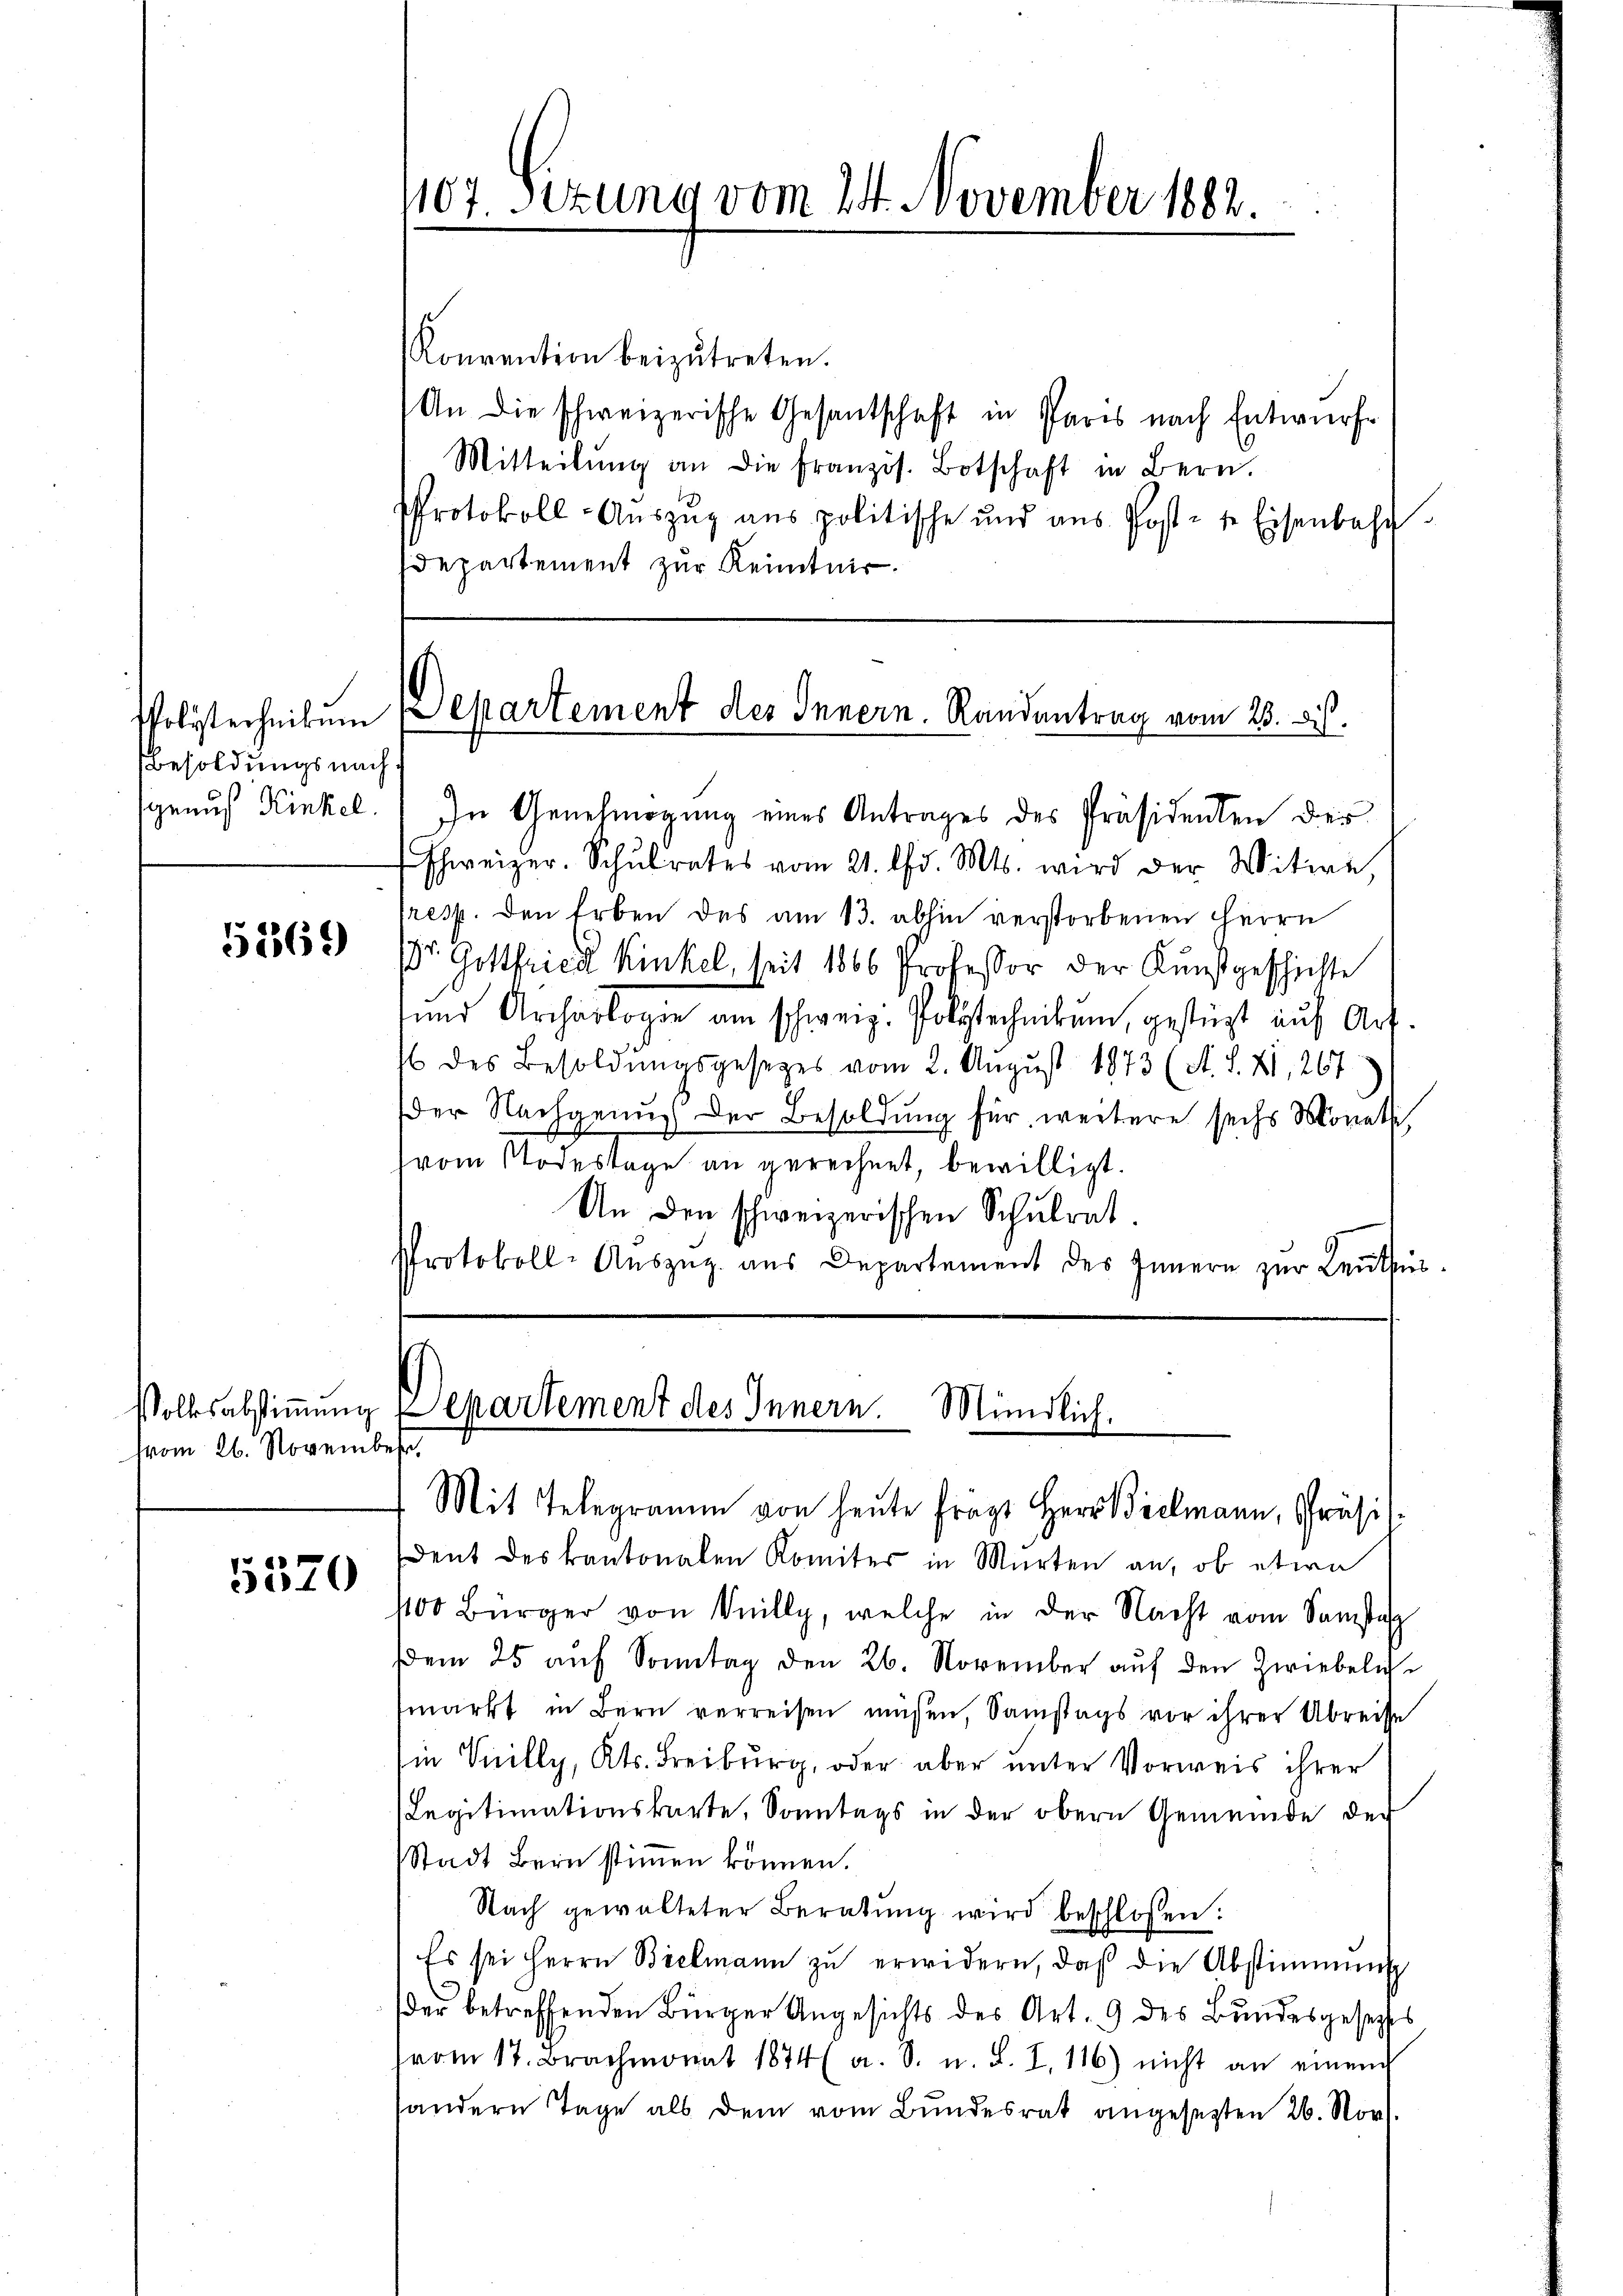
Besoldungsnach
geaus Kinkel.

51869

vom 26. November.

5570

Konvention beizŭtreten.
An die schweizerische Gesantschaft in Paris nach Entwurfe
Mitteilŭng an die französ. Botschaft in Bern.
PProtokoll-Aŭszŭg aŭs politische und ans Post- u. Eisenbahn.
departement zur Kenntnir.

1107. Sizung vom 24. November 1882.

Woliterheit um Departement des Innern. Randentrag vom 25. ds.

In Genehmigung eines Antrages des Präsidenten der
Schweizer. Schŭlrates vom 21. d. Mts. wird der Witwe,
tresp. den Erben des am 13. abhin verstorbenen Herrn
Dr. Gottfried Kinkel, seit 1866 Professor der Kunstgeschichte
und Archäologie am schweiz. Polytechnikum, gestützt auf Art.
/6 des Besoldŭngsgesetzes vom 2. August 1873 (St. S. XI, 267
der Nachgenug der Besoldung für weitere sechs Monati
vom Todestage an gerechnet, bewilligt.
An den schweizerischen Schulrat.
Protokoll-Aŭszŭg aŭs Departement des Innern zŭr Leŭthür

Volksabstimmung repartement des Innern. Mündlich.
Mit Telegramm von heute frägt Herr Bielmann, Präsi¬

dent des kantonalen Komiter in Murten an, ob etwa
400 Bürger von Knilly, welche in der Nacht vom Samsta
dem 25 aŭf Sonntag den 26. November aŭf den Zwiebeln
märkt in Bern verreisen müßen, Samstags vor ihrer Abreise
Ein Süilly, Kts. Freiburg, oder aber unter Vorweis ihrer
Legitimationskarte, Sonntags in der obern Gemeinde der
Stadt Bern stimmen können.
Nach gewalteter Beratung wird beschlossen:
 Es sei Herrn Bielmann zu erwidern, daß die Abstimmung
der betreffenden Bürger Angesichts des Art. 9 des Bundesgesetztes
(vom 17. Brachmonat 1874 a. S. u. S. I, 116) nicht an einen
sandern Tage als dem vom Bundesrat angesetzten 26. Nov.